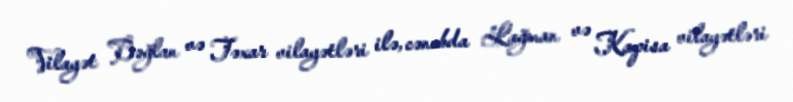
Vilayət Bəğlan və Təxar vilayətləri ilə, cənubda Lağman və Kapisa vilayətləri